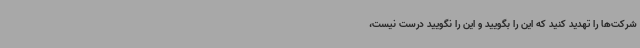
شرکت‌ها را تهدید کنید که این را بگویید و این را نگویید درست نیست،